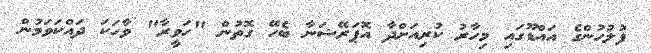
ފުލުހުންގެ އައްޑޫގައި މިހާރު ކުރިއަށްދާ އޮޕަރޭޝަނާ ބެހޭ ގޮތުން "ހަވީރާ" ވާހަކަ ދައްކަވަމުން